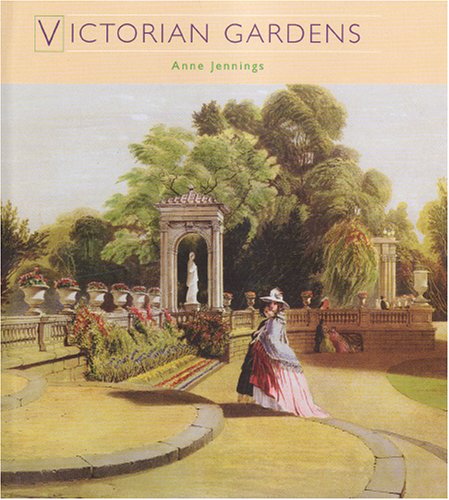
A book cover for Victorian Gardens (Historic Gardens); Justin Jennings; Crafts, Hobbies & Home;